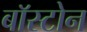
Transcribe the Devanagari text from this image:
बाॅस्टोन